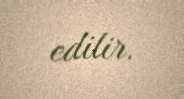
edilir.